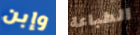
وإبن الطباعة